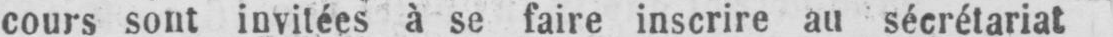
cours sont invitées à se faire inscrire au sécrétariat